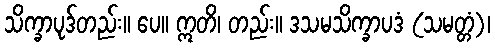
သိက္ခာပုဒ်တည်း။ ပေ။ ဣတိ၊ တည်း။ ဒသမသိက္ခာပဒံ (သမတ္တံ)၊